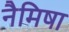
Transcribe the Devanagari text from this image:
नैमिषा